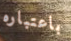
باعتباره